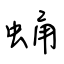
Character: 蛹